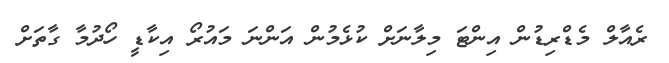
ރެއާލް މެޑްރިޑުން އިންޓަ މިލާނަށް ކުޅެމުން އަންނަ މައުރޯ އިކާޑީ ހޯދުމާ ގާތަށް